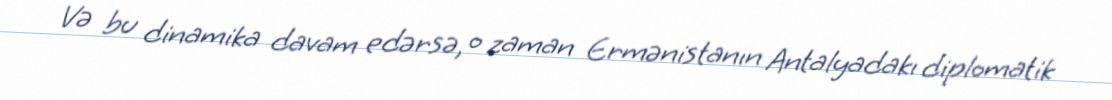
Və bu dinamika davam edərsə, o zaman Ermənistanın Antalyadakı diplomatik